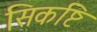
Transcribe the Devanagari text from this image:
सिकष्टि